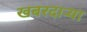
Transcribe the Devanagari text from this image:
खबरदार्‍या